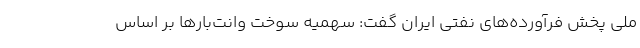
ملی پخش فرآورده‌های نفتی ایران گفت: سهمیه سوخت وانت‌بارها بر اساس